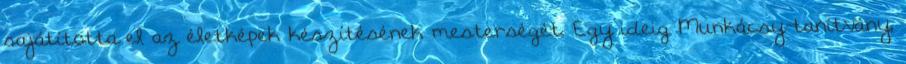
sajátította el az életképek készítésének mesterségét. Egy ideig Munkácsy-tanítvány,